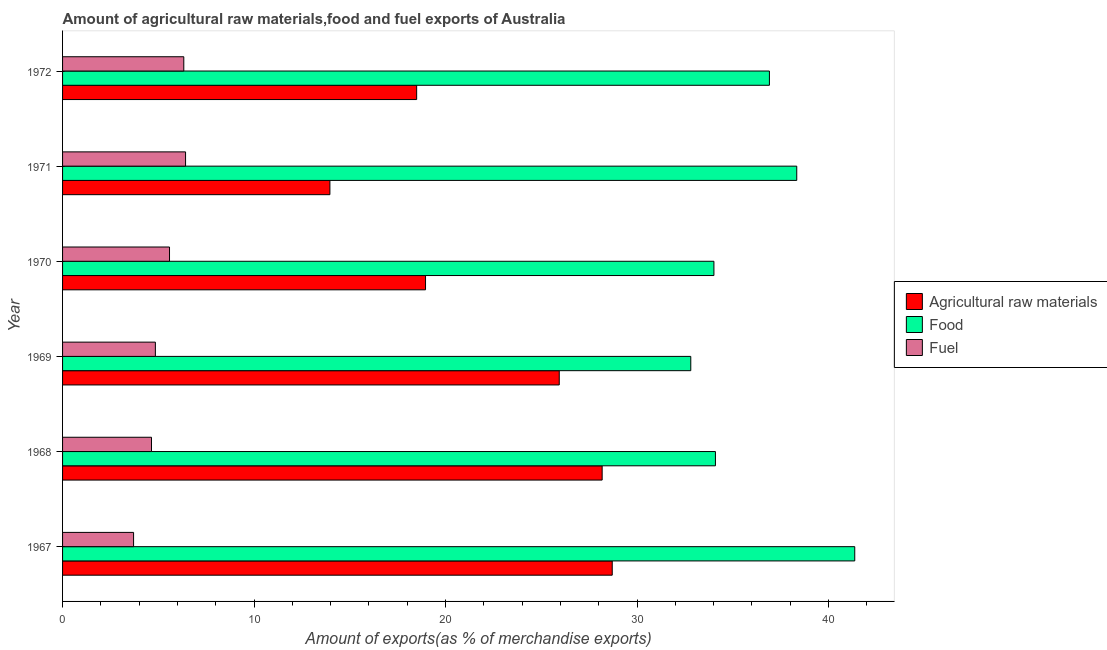
| Year | Agricultural raw materials | Food | Fuel |
 | --- | --- | --- | --- |
 | 1967 | 28.7 | 41.4 | 3.71 |
 | 1968 | 28.2 | 34.1 | 4.64 |
 | 1969 | 25.9 | 32.8 | 4.85 |
 | 1970 | 19 | 34 | 5.58 |
 | 1971 | 14 | 38.3 | 6.42 |
 | 1972 | 18.5 | 36.9 | 6.33 |